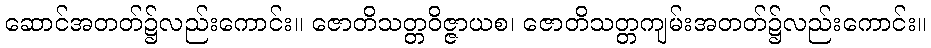
ဆောင်အတတ်၌လည်းကောင်း။ ဇောတိသတ္တဝိဇ္ဇာယစ၊ ဇောတိသတ္တကျမ်းအတတ်၌လည်းကောင်း။